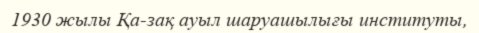
1930 жылы Қа­зақ ауыл шаруашылығы институты,